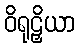
ဝိရုဠှိယာ